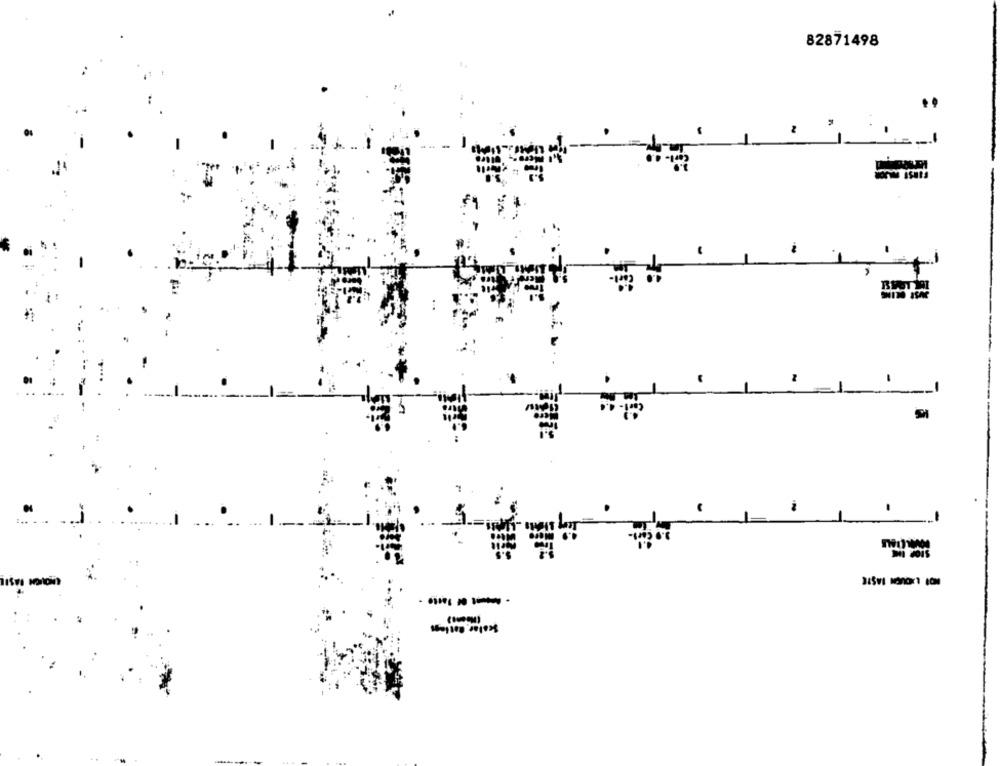
82871498
Scalar Bolags